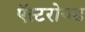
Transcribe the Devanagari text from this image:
ऍस्टरोयड